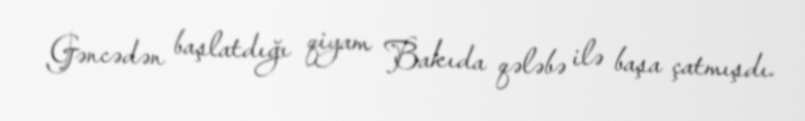
Gəncədən başlatdığı qiyam Bakıda qələbə ilə başa çatmışdı.